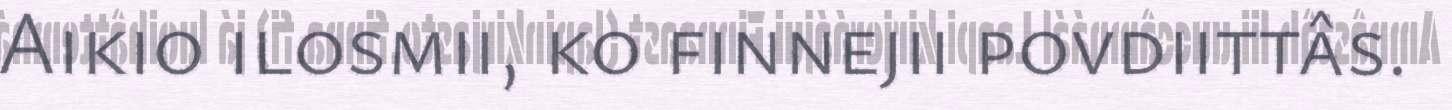
Aikio ilosmii, ko finnejii povdiittâs.